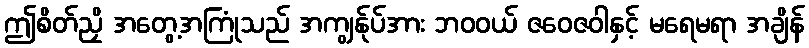
ဤစိတ်ညှိ အတွေ့အကြုံသည် အကျွန်ုပ်အား ဘဝဝယ် ဇဝေဇဝါနှင့် မရေမရာ အချိန်